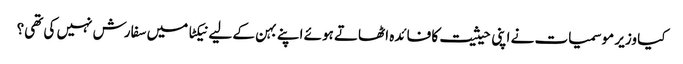
کیا وزیر موسمیات نے اپنی حیثیت کا فائدہ اٹھاتے ہوئے اپنے بہن کے لیے نیکٹا میں سفارش نہیں کی تھی؟